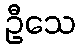
ဦသေ